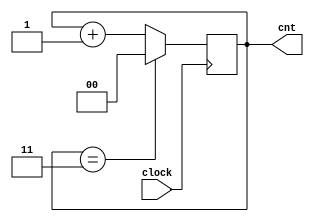
`timescale 1ns / 1ps


module counter(clock, cnt);

    input             clock;
    output  reg [1:0] cnt = 0 ;
    
    
    
always@(posedge clock) 
begin
    
    cnt <= cnt + 1;
    if(cnt == 3)
    begin
        cnt <= 0;
    end
    
     
end
endmodule